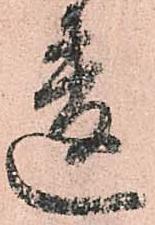
違